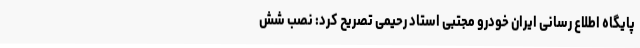
پایگاه اطلاع رسانی ایران خودرو مجتبی استاد رحیمی تصریح کرد: نصب شش